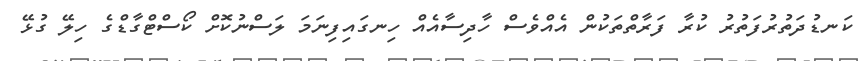
ކަނޑުދަތުރުފަތުރު ކުރާ ފަރާތްތަކުން އެއްވެސް ހާދިސާއެއް ހިނގައިފިނަމަ ލަސްނުކޮށް ކޯސްޓްގާޑްގެ ހިލޭ ގުޅޭ